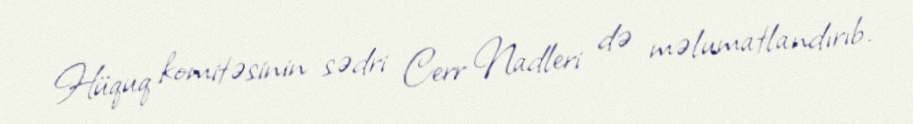
Hüquq komitəsinin sədri Cerr Nadleri də məlumatlandırıb.